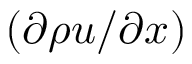
( \partial \rho u / \partial x )